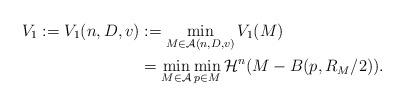
LaTeX: \begin{align*}V_1:= V_1(n,D,v) &:= \min_{M \in \mathcal A(n,D,v) } V_1(M) \\&= \min_{M \in \mathcal A} \min_{p \in M} \mathcal H^n(M - B(p, R_M/2)).\end{align*}